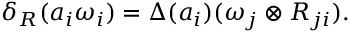
\delta _ { R } ( a _ { i } \omega _ { i } ) = \Delta ( a _ { i } ) ( \omega _ { j } \otimes R _ { j i } ) .